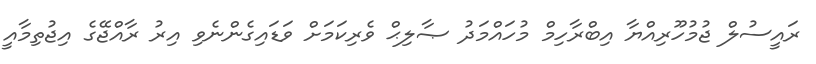
ރައީސުލް ޖުމުހޫރިއްޔާ އިބްރާހިމް މުހައްމަދު ޞާލިޙް ވެރިކަމަށް ވަޑައިގެންނެވި އިރު ރާއްޖޭގެ އިޖުތިމާއީ